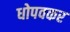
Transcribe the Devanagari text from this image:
धोपवकर